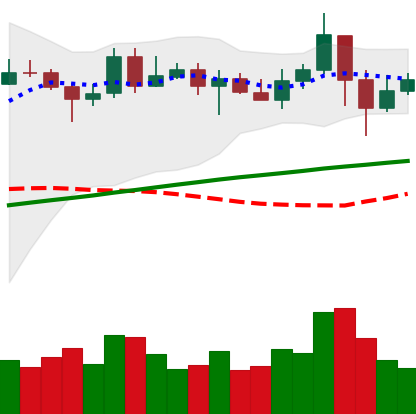
Ticker: LINK-USD
Chart end date: 2020-05-13
Forward return: 3.322%
Label: up_3_5